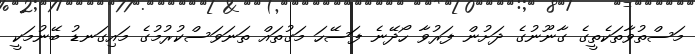
މަސްތުވާތަކެތީގެ ގާނޫނުގެ ދަށުން ފަރުވާ ހޯދޭނެ ފަސޭހަ މަގުތައް ތަނަވަސްކުރުމުގެ މައިގަނޑު ބޭނުމަކީ